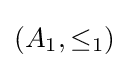
(A_{1},\leq _{1})